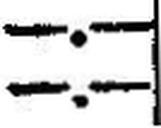
—.—